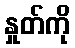
နှုတ်ကို